Annual report of the Imperial Bacteriological Laboratory, Muktesar
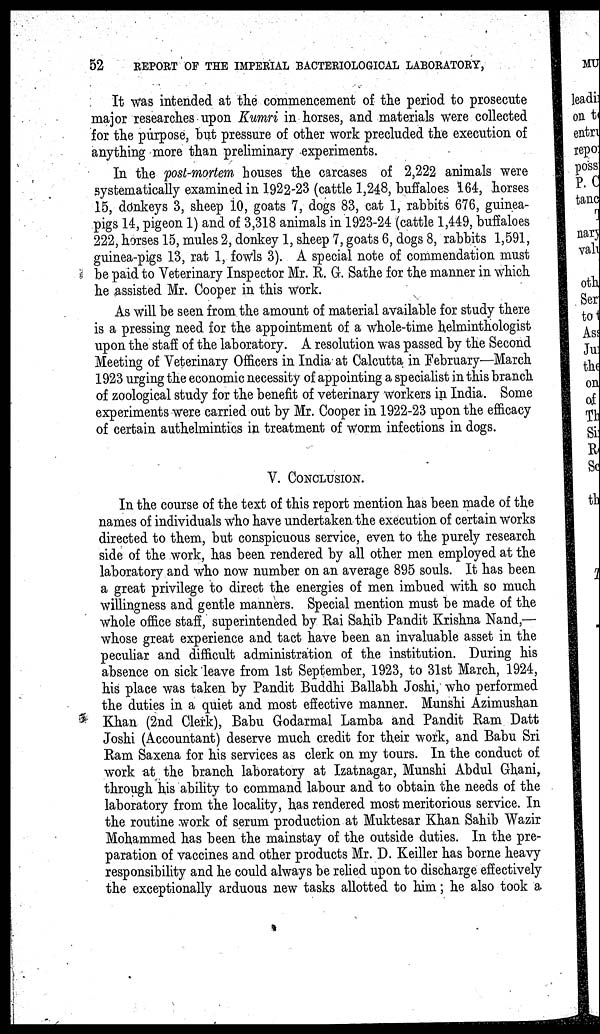
52
REPORT OF THE IMPERIAL BACTERIOLOGICAL LABORATORY,
It was intended at the commencement of the period to prosecute
major researches upon Kumri in horses, and materials were collected
for the purpose, but pressure of other work precluded the execution of
anything more than preliminary experiments.
In the post-mortem houses the carcases of 2,222 animals were
systematically examined in 1922-23 (cattle 1,248, buffaloes 164, horses
15, donkeys 3, sheep 10, goats 7, dogs 83, cat 1, rabbits 676, guinea-
pigs 14, pigeon 1) and of 3,318 animals in 1923-24 (cattle 1,449, buffaloes
222, horses 15, mules 2, donkey 1, sheep 7, goats 6, dogs 8, rabbits 1,591,
guinea-pigs 13, rat 1, fowls 3). A special note of commendation must
be paid to Veterinary Inspector Mr. R. G. Sathe for the manner in which
he assisted Mr. Cooper in this work.
As will be seen from the amount of material available for study there
is a pressing need for the appointment of a whole-time helminthologist
upon the staff of the laboratory. A resolution was passed by the Second
Meeting of Veterinary Officers in India at Calcutta in February—March
1923 urging the economic necessity of appointing a specialist in this branch
of zoological study for the benefit of veterinary workers in India. Some
experiments were carried out by Mr. Cooper in 1922-23 upon the efficacy
of certain authelmintics in treatment of worm infections in dogs.
V. CONCLUSION.
In the course of the text of this report mention has been made of the
names of individuals who have undertaken the execution of certain works
directed to them, but conspicuous service, even to the purely research
side of the work, has been rendered by all other men employed at the
laboratory and who now number on an average 895 souls. It has been
a great privilege to direct the energies of men imbued with so much
willingness and gentle manners. Special mention must be made of the
whole office staff, superintended by Rai Sahib Pandit Krishna Nand,—
whose great experience and tact have been an invaluable asset in the
peculiar and difficult administration of the institution. During his
absence on sick leave from 1st September, 1923, to 31st March, 1924,
his place was taken by Pandit Buddhi Ballabh Joshi, who performed
the duties in a quiet and most effective manner. Munshi Azimushan
Khan (2nd Clerk), Babu Godarmal Lamba and Pandit Ram Datt
Joshi (Accountant) deserve much credit for their work, and Babu Sri
Ram Saxena for his services as clerk on my tours. In the conduct of
work at the branch laboratory at Izatnagar, Munshi Abdul Ghani,
through his ability to command labour and to obtain the needs of the
laboratory from the locality, has rendered most meritorious service. In
the routine work of serum production at Muktesar Khan Sahib Wazir
Mohammed has been the mainstay of the outside duties. In the pre-
paration of vaccines and other products Mr. D. Keiller has borne heavy
responsibility and he could always be relied upon to discharge effectively
the exceptionally arduous new tasks allotted to him; he also took a